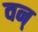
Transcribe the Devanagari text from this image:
वन्